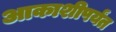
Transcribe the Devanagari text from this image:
आकाशीपर्यंत